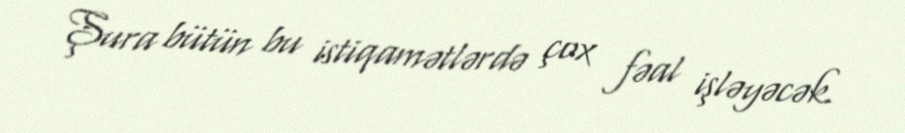
Şura bütün bu istiqamətlərdə çox fəal işləyəcək.